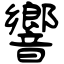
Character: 響